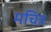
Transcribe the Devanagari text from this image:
मचित्र